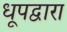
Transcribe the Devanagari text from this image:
धूपद्वारा